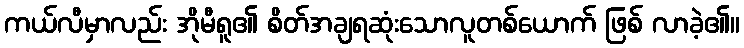
ကယ်လီမှာလည်း အိုမီရူ၏ စိတ်အချရဆုံးသောလူတစ်ယောက် ဖြစ် လာခဲ့၏။